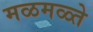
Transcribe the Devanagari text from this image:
मळमळ्ते